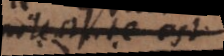
potestate est